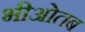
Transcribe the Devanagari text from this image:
भीओतब